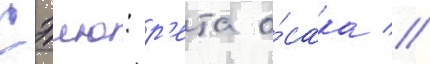
Сэию: р'ета о́сака //